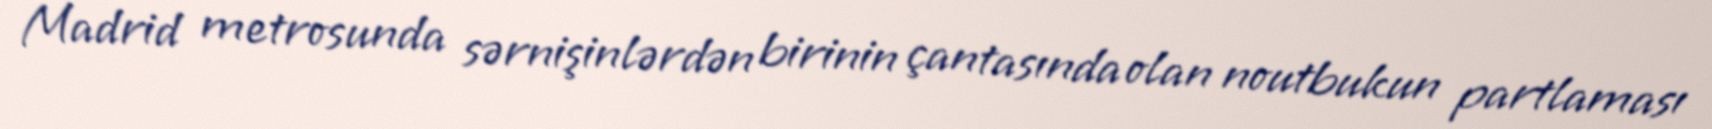
Madrid metrosunda sərnişinlərdən birinin çantasında olan noutbukun partlaması